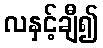
လနှင့်ချီ၍